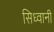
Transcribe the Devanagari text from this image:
सिध्वानी